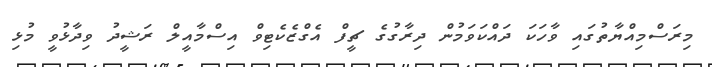
މިރަސްމިއްޔާތުގައި ވާހަކަ ދައްކަވަމުން ދިރާގުގެ ޗީފް އެގްޒެކެޓިވް އިސްމާއީލް ރަޝީދު ވިދާޅުވީ މުޅި